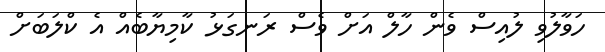
ހަވާލުވި ލުއިސް ވެން ހާލް އަށް ވެސް ރަނގަޅު ކާމިޔާބެއް އެ ކްލަބަށް